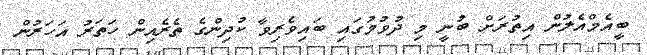
ބީއެމްއެލުން އިތުރަށް ބުނީ މި ދުވުމުގައި ބައިވެރިވާ ކުދިންގެ ތެރެއިން ހަތަރު އަހަރުން